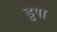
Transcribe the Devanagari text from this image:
ड्रुपा